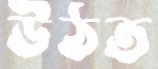
উঠত